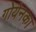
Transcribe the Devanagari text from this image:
गोयेनका